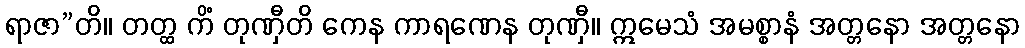
ရာဇာ”တိ။ တတ္ထ ကိံ တုဏှီတိ ကေန ကာရဏေန တုဏှီ။ ဣမေသံ အမစ္စာနံ အတ္တနော အတ္တနော